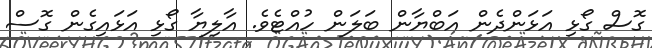
ގޮސް ގޯޅި އަޅަންދެން އަބްޔާން ބަލަން ހުއްޓެވެ. އާލިޔާ ގޯޅި އަޅައިގެން ގޮސް